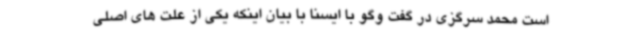
است محمد سرگزی در گفت وگو با ایسنا با بیان اینکه یکی از علت های اصلی